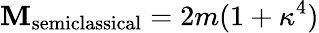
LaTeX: \mathbf{M}_{\mathrm{{semiclassical}}}=2m(1+\kappa^{4})